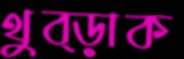
থুব্‌ড়াক